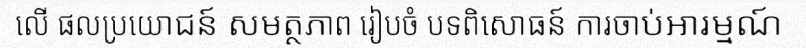
លើ ផលប្រយោជន៍ សមត្ថភាព រៀបចំ បទពិសោធន៍ ការចាប់អារម្មណ៍